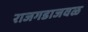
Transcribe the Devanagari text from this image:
राजगडाजवळ